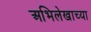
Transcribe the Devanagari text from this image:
अभिलेखाच्या